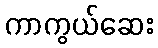
ကာကွယ်ဆေး